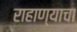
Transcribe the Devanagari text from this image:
राहाण्याचा